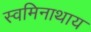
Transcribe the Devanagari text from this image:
स्वमिनाथाय